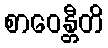
စာဝေန္တီတိ